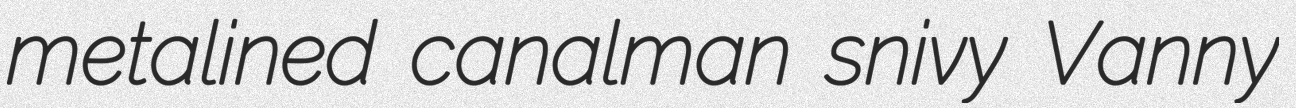
metalined canalman snivy Vanny